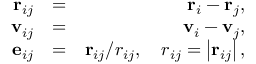
\begin{array} { r l r } { \mathbf { r } _ { i j } } & { = } & { \mathbf { r } _ { i } - \mathbf { r } _ { j } , } \\ { \mathbf { v } _ { i j } } & { = } & { \mathbf { v } _ { i } - \mathbf { v } _ { j } , } \\ { \mathbf { e } _ { i j } } & { = } & { \mathbf { r } _ { i j } / r _ { i j } , \quad r _ { i j } = \left| \mathbf { r } _ { i j } \right| , } \end{array}